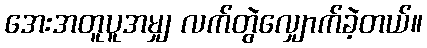
အေးအတူပူအမျှ လက်တွဲလျှောက်ခဲ့တယ်။